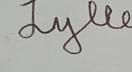
Signature authenticity: genuine